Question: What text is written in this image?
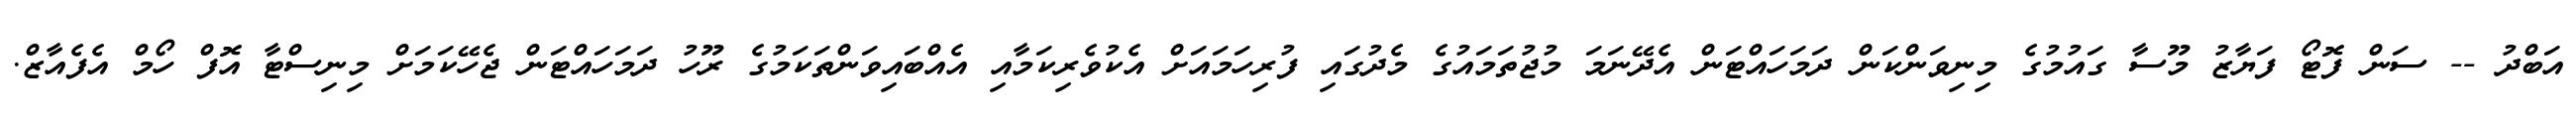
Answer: އަބްދު -- ސަން ފޮޓޯ ފަޔާޒު މޫސާ ގައުމުގެ މިނިވަންކަން ދަމަހައްޓަން އެދޭނަމަ މުޖުތަމައުގެ މެދުގައި ފުރިހަމައަށް އެކުވެރިކަމާއި އެއްބައިވަންތަކަމުގެ ރޫހު ދަމަހައްޓަން ޖެހޭކަމަށް މިނިސްޓާ އޮފް ހޯމް އެފެއާޒް.